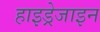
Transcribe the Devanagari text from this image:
हाइड्रेजाइन